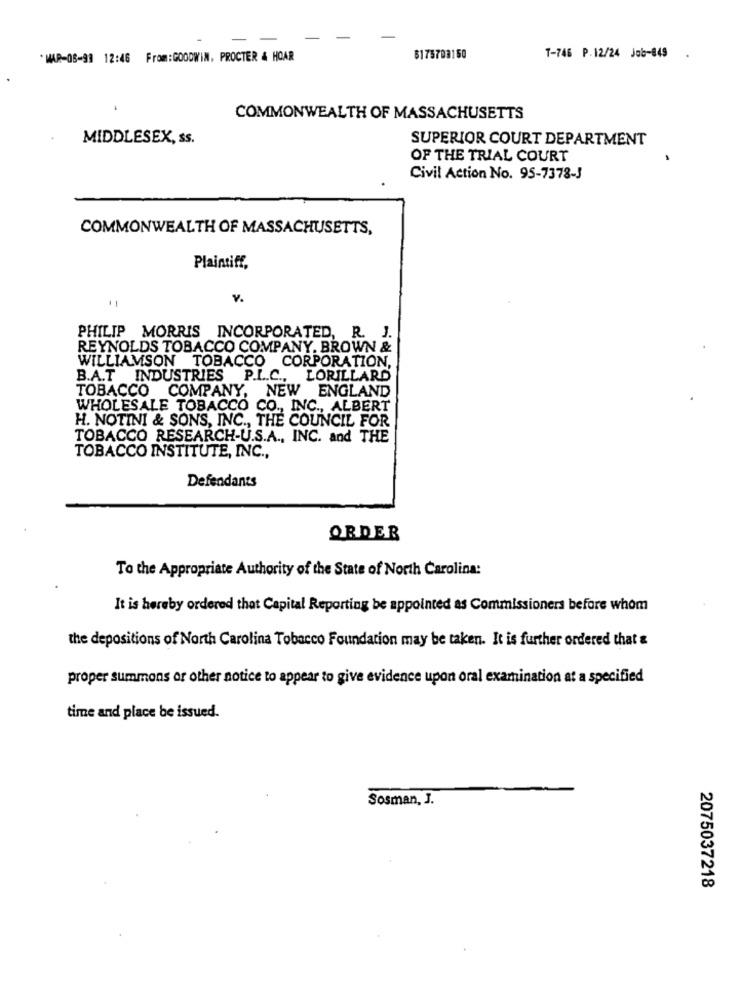
-
-
* MAR-08-99 12:46 From:GOODWIN, PROCTER & HOAR
$175703150
T-746 P.12/24 Job-849
COMMONWEALTH OF MASSACHUSETTS
MIDDLESEX, ss.
SUPERIOR COURT DEPARTMENT
OF THE TRIAL COURT
Civil Action No. 95-7378-3
COMMONWEALTH OF MASSACHUSETTS,
Plaintiff,
V.
PHILIP MORRIS INCORPORATED, R. J.
REYNOLDS TOBACCO COMPANY, BROWN &
WILLIAMSON TOBACCO CORPORATION,
B.A.T INDUSTRIES P.L.C .,
LORILLARD
TOBACCO COMPANY, NEW ENGLAND
WHOLESALE TOBACCO CO ., INC ., ALBERT
H. NOTINI & SONS, INC ., THE COUNCIL FOR
TOBACCO RESEARCH-U.S.A ., INC. and THE
TOBACCO INSTITUTE, INC .,
Defendants
ORDER
To the Appropriate Authority of the State of North Carolina:
It is hereby ordered that Capital Reporting be appointed as Commissioners before whom
the depositions of North Carolina Tobacco Foundation may be taken. It is further ordered that &
proper summons or other notice to appear to give evidence upon oral examination at a specified
time and place be issued.
Sosman, J.
2075037218